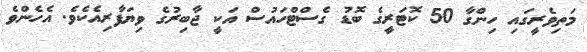
މަތިވެރީގައި ހިންގާ 50 ކޮޓަރީގެ ބޮޑު ގެސްޓްހައުސް އަކީ ޖާބިރުގެ ވިޔަފާރިއެކެވެ. އެހެންވެ